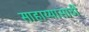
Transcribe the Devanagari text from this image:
साहाय्यासाठीं